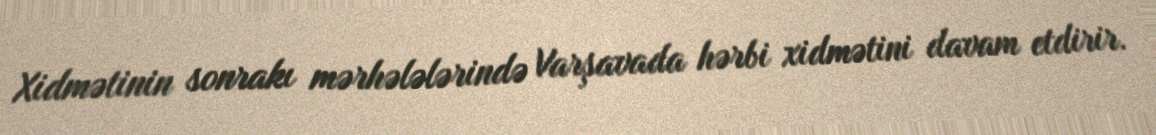
Xidmətinin sonrakı mərhələlərində Varşavada hərbi xidmətini davam etdirir.